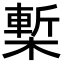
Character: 槧